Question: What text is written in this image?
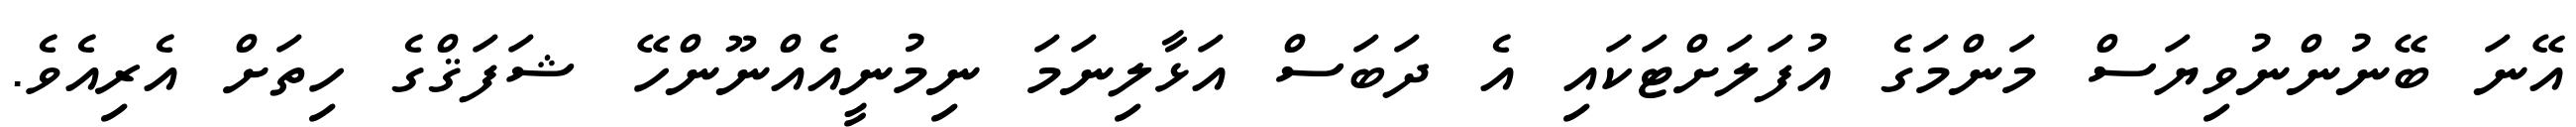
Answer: އޭނަ ބޭނުންނުވިޔަސް މަންމަގެ އުފަލަށްޓަކައި އެ ދަބަސް އަޅާލިނަމަ ނިމުނީއެއްނޫންހޭ ޝަފަޤްގެ ހިތަށް އެރިއެވެ.